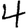
Digit: 4